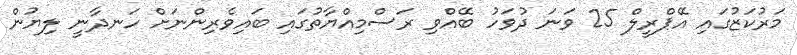
މަރުކަޒުގައި އޭޕްރީލް 25 ވަނަ ދުވަހު ބޭއްވި ރަސްމިއްޔާތުގައި ބައިވެރިންނަށް ހަނދާނީ ލިޔުން